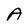
Character: A